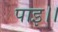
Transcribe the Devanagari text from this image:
पाइ।।